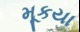
મૂકયા